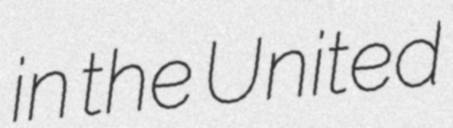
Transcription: in the United